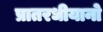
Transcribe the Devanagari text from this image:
प्रातरधीयानो